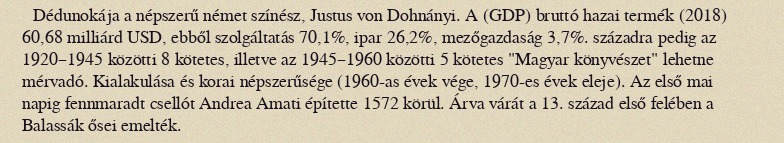
Dédunokája a népszerű német színész, Justus von Dohnányi. A (GDP) bruttó hazai termék (2018) 60,68 milliárd USD, ebből szolgáltatás 70,1%, ipar 26,2%, mezőgazdaság 3,7%. századra pedig az 1920–1945 közötti 8 kötetes, illetve az 1945–1960 közötti 5 kötetes "Magyar könyvészet" lehetne mérvadó. Kialakulása és korai népszerűsége (1960-as évek vége, 1970-es évek eleje). Az első mai napig fennmaradt csellót Andrea Amati építette 1572 körül. Árva várát a 13. század első felében a Balassák ősei emelték.